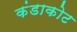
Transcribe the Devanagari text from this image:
कंडाकोट